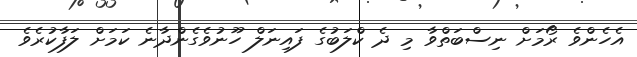
އެހެންވެ ރޯމަށް ނިސްބަތްވާ މި ދެ ކްލަބުގެ ފައިނަލް ހޫނުވެގެންދާނެ ކަމަށް ލަފާކުރެވެ